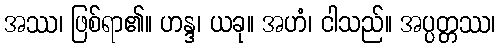
အဿ၊ ဖြစ်ရာ၏။ ဟန္ဒ၊ ယခု။ အဟံ၊ ငါသည်။ အပ္ပတ္တဿ၊